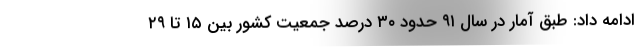
ادامه داد: طبق آمار در سال ۹۱ حدود ۳۰ درصد جمعیت کشور بین ۱۵ تا ۲۹